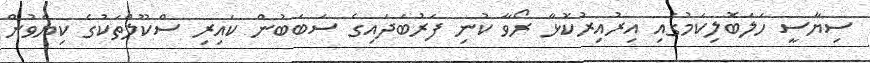
ސިޔާސީ ހަލަބޮލިކަމުގައި އިރުއިރުކޮޅާ ރޯވާ ކުނި ފަރުބަދައިގެ ސަބަބުން ކައިރި ސްކޫލްތަކުގެ ކިޔެވުން